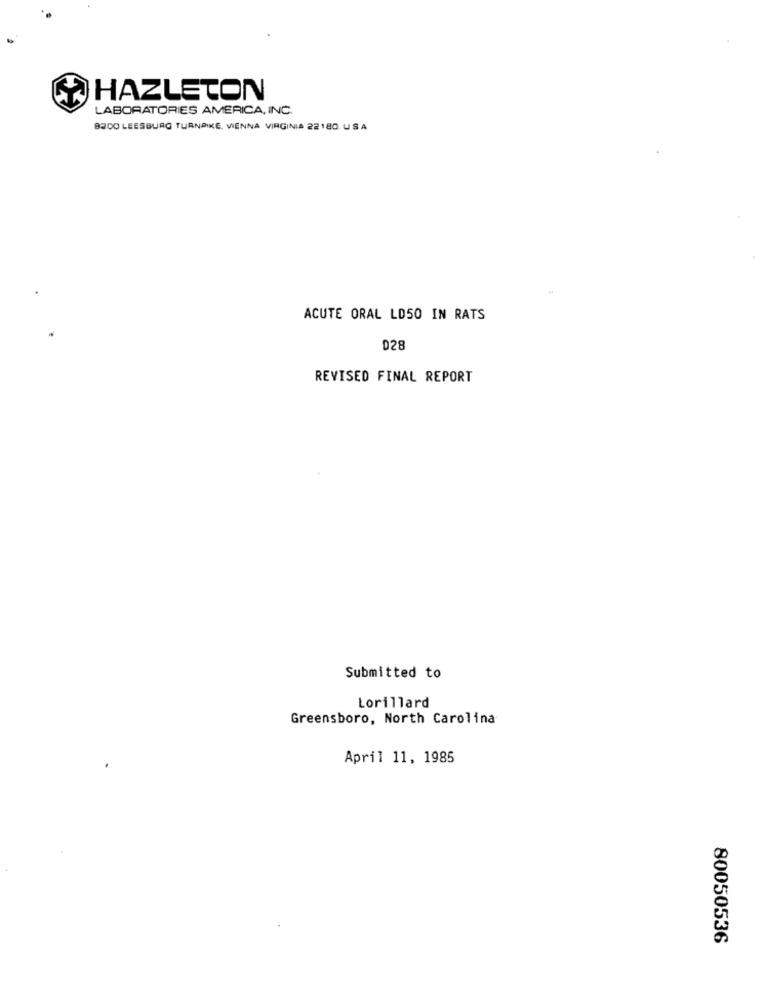
HAZLETON
LABORATORIES AMERICA, INC.
8200 LEESBURG TURNPIKE, VIENNA VIRGINIA 22180. USA
ACUTE ORAL LD50 IN RATS
028
REVISED FINAL REPORT
Submitted to
Lorillard
Greensboro, North Carolina
April 11, 1985
80050536